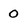
Character: 0